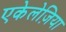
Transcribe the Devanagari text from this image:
एकेलेज़िया